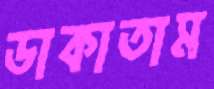
ডাকাতাম